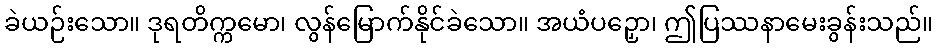
ခဲယဉ်းသော။ ဒုရတိက္ကမော၊ လွန်မြောက်နိုင်ခဲသော။ အယံပဉှော၊ ဤပြဿနာမေးခွန်းသည်။